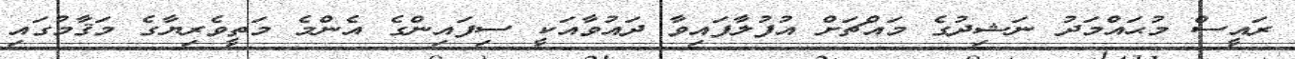
ރައީސް މުޙައްމަދު ނަޝިދުގެ މައްޗަށް އުފުލާފައިވާ ދައުވާއަކީ ސިފައިންގެ އެންމެ މަތީވެރިޔާގެ މަޤާމުގައި